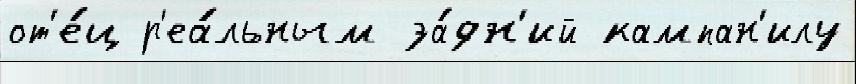
от'е́ц р'еа́льным за́дн'ий кампан'илу